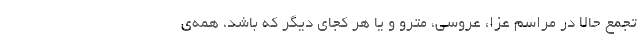
تجمع حالا در مراسم عزا، عروسی، مترو و یا هر کجای دیگر که باشد، همه‌ی